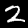
Label: 2